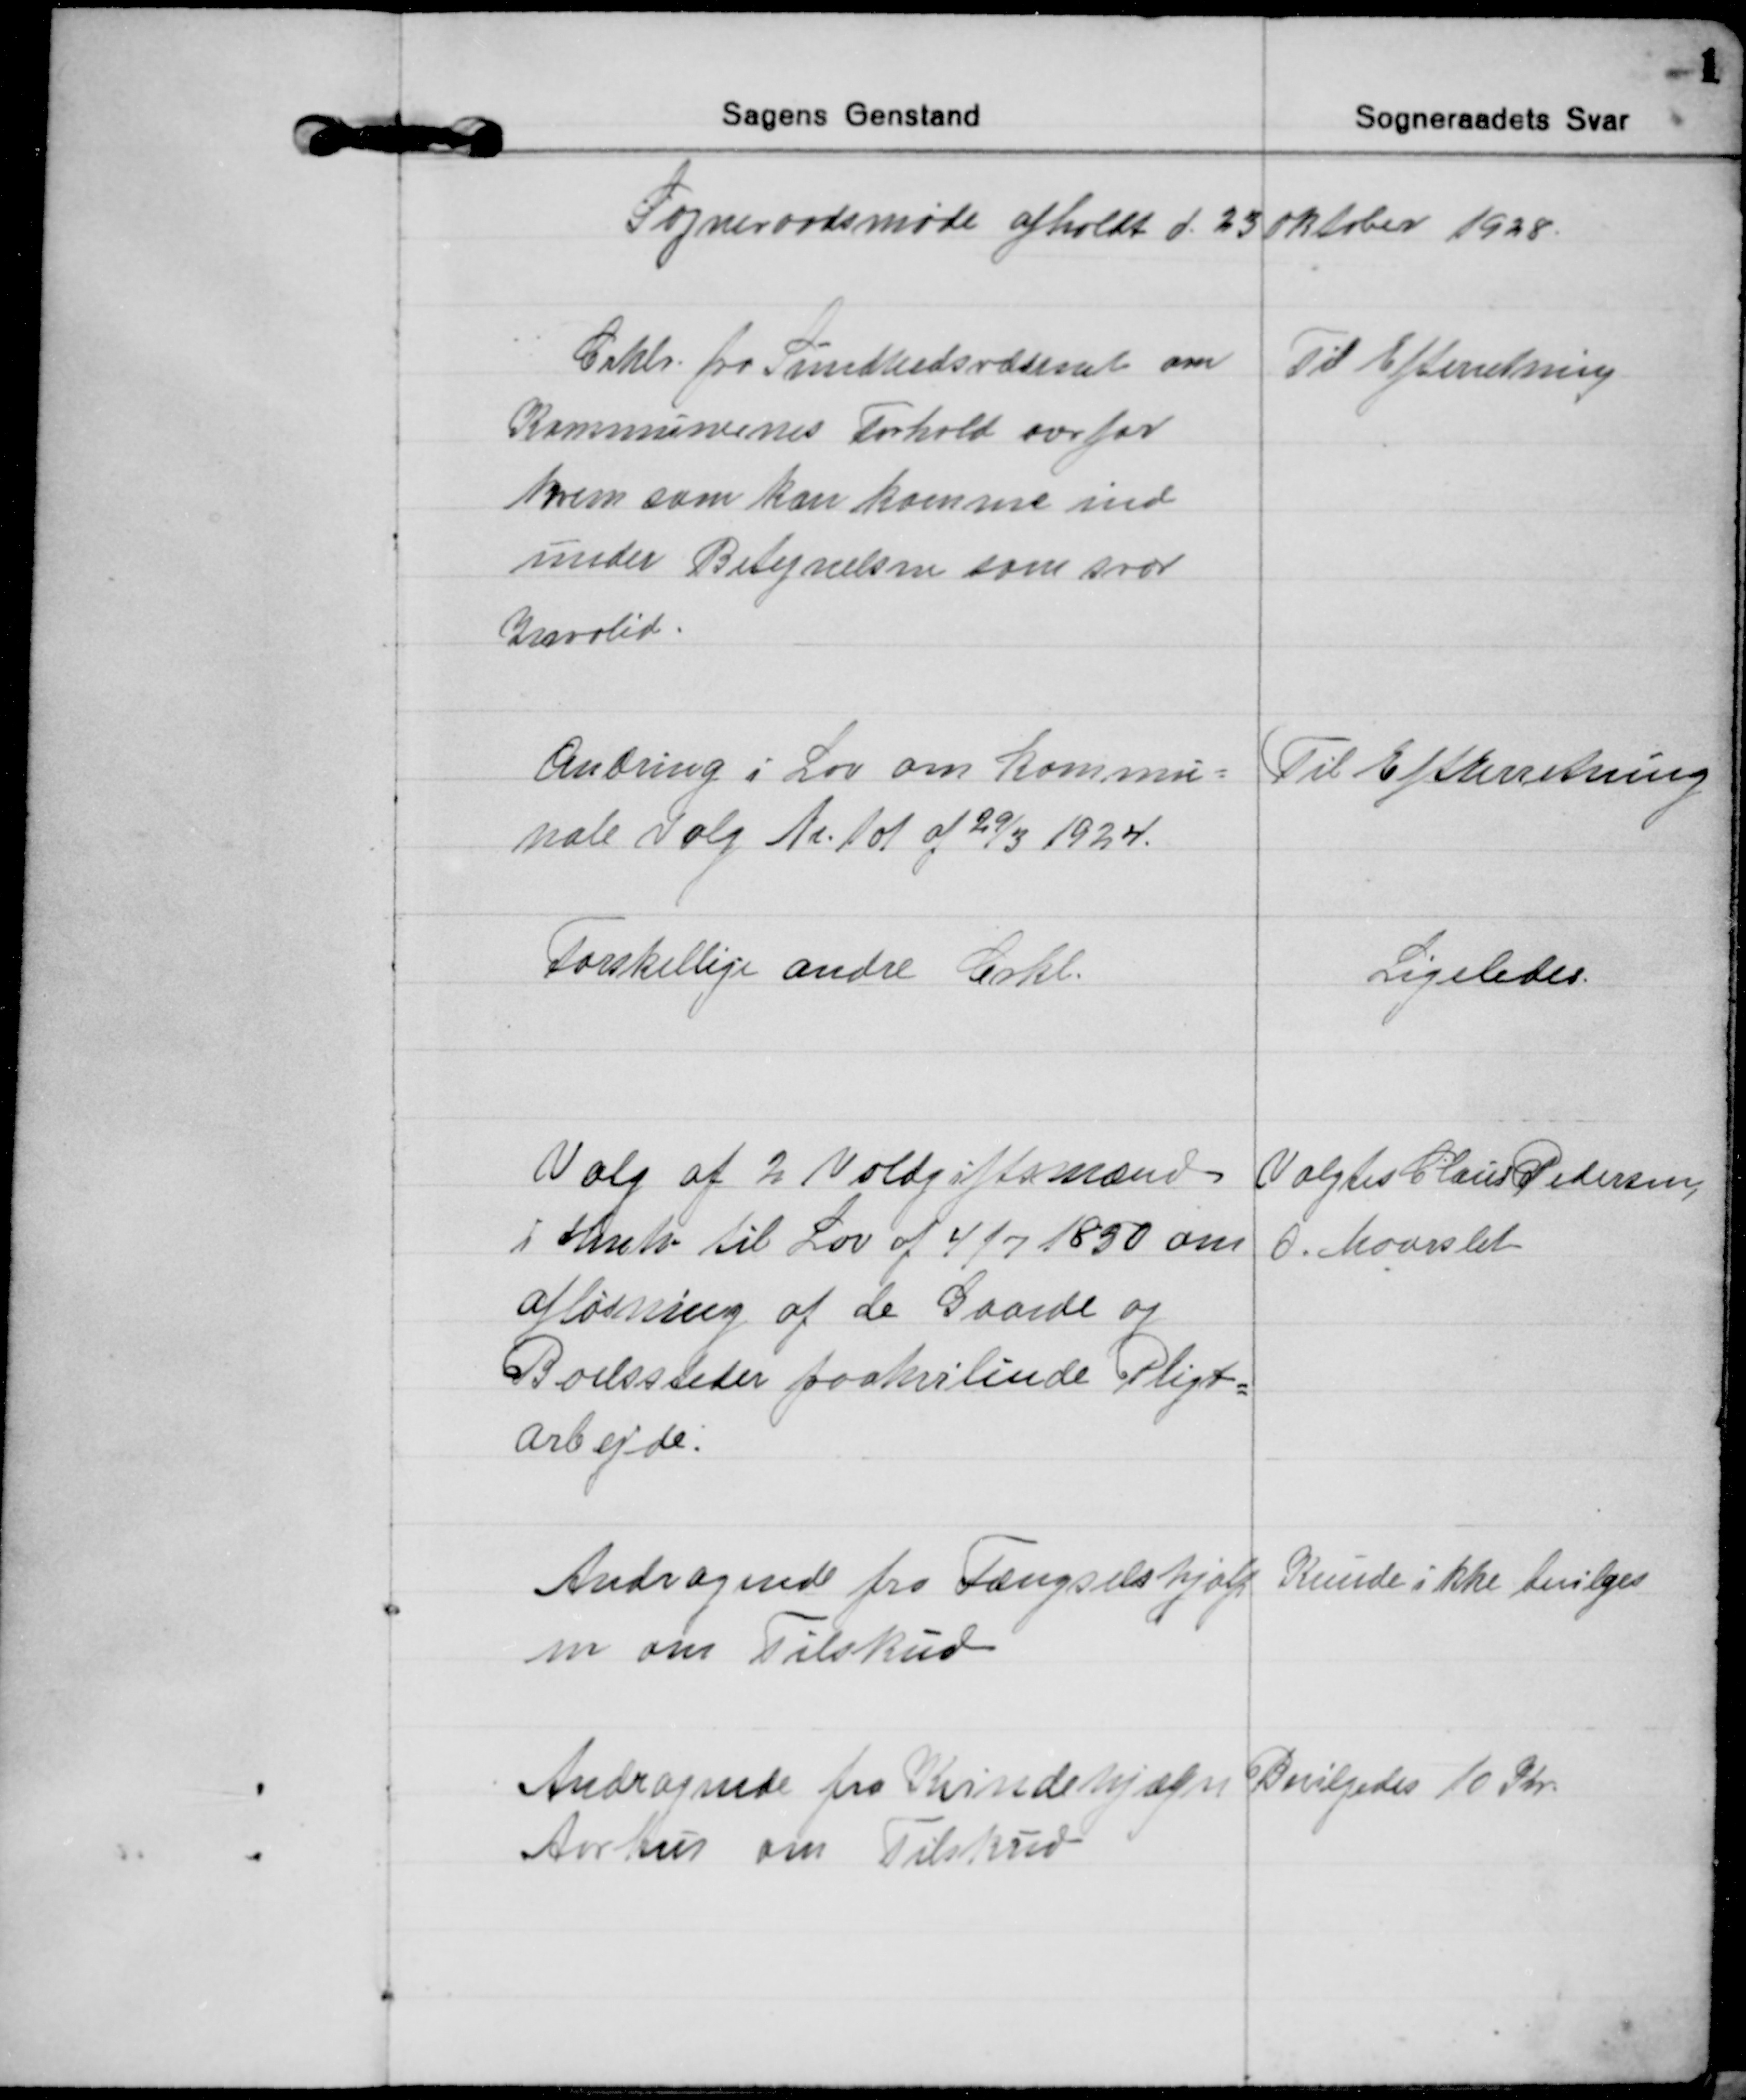
Transskription:
Sogneraadsmøde afholdt d. 23 Oktober 1928.
Cirklr. fra Sundhedsvæsenet om
Kommunernes Forhold overfor
hvem som kan komme ind
under Betegnelsen som svær
Invalid.
Til Efterretning.
Ændring i Lov om Kommu=
nale Valg Nr. 101 af 29/3 1924. 
Til Efterretning
Forskellige andre Cirkl.
Ligeledes.
Valg af 2 Voldgiftsmænd
i Henh. til Lov af 4/7 1850 om
Afløsning af de Gaarde og
Boelssteder paahvilende Pligt=
arbejde.
Valgtes Claus Pedersen,
O. Maarslet
Andragende fra Fængselshjælp
en om Tilskud
Kunde ikke bevilges
Andragende fra Kvindehjælpen
Aarhus om Tilskud
Bevilgedes 10 Kr.